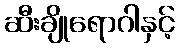
ဆီးချိုရောဂါနှင့်